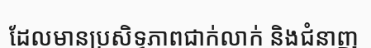
ដែលមានប្រសិទ្ធភាពជាក់លាក់ និងជំនាញ